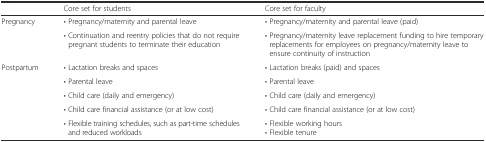
<table><thead><tr><td></td><td><b>Core set for students</b></td><td><b>Core set for faculty</b></td></tr></thead><tbody><tr><td>Pregnancy</td><td>• Pregnancy/maternity and parental leave</td><td>• Pregnancy/maternity and parental leave (paid)</td></tr><tr><td></td><td>• Continuation and reentry policies that do not require pregnant students to terminate their education</td><td>• Pregnancy/maternity leave replacement funding to hire temporary replacements for employees on pregnancy/maternity leave to ensure continuity of instruction</td></tr><tr><td>Postpartum</td><td>• Lactation breaks and spaces</td><td>• Lactation breaks (paid) and spaces</td></tr><tr><td></td><td>• Parental leave</td><td>• Parental leave</td></tr><tr><td></td><td>• Child care (daily and emergency)</td><td>• Child care (daily and emergency)</td></tr><tr><td></td><td>• Child care financial assistance (or at low cost)</td><td>• Child care financial assistance (or at low cost)</td></tr><tr><td></td><td>• Flexible training schedules, such as part-time schedules and reduced workloads</td><td>• Flexible working hours• Flexible tenure</td></tr></tbody></table>